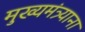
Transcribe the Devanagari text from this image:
मुख्यमंत्र्याना